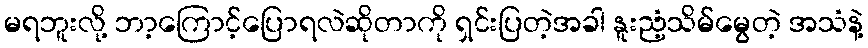
မရဘူးလို့ ဘာ့ကြောင့်ပြောရလဲဆိုတာကို ရှင်းပြတဲ့အခါ နူးညံ့သိမ်မွေတဲ့ အသံနဲ့